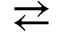
\rightleftarrows